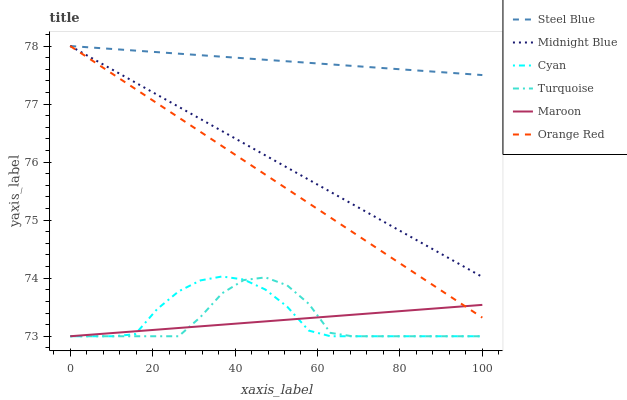
| xaxis_label | Steel Blue | Midnight Blue | Cyan | Turquoise | Maroon | Orange Red |
 | --- | --- | --- | --- | --- | --- | --- |
 | 0 | 78 | 78 | 73 | 73 | 73 | 78 |
 | 5.26 | 78 | 77.8 | 73 | 73 | 73 | 77.8 |
 | 10.5 | 77.9 | 77.6 | 73 | 73 | 73.1 | 77.5 |
 | 15.8 | 77.9 | 77.4 | 73 | 73 | 73.1 | 77.3 |
 | 21.1 | 77.9 | 77.2 | 73.5 | 73 | 73.1 | 77 |
 | 26.3 | 77.9 | 77 | 73.8 | 73 | 73.1 | 76.8 |
 | 31.6 | 77.8 | 76.7 | 74 | 73.3 | 73.2 | 76.5 |
 | 36.8 | 77.8 | 76.5 | 74 | 73.7 | 73.2 | 76.3 |
 | 42.1 | 77.8 | 76.3 | 74 | 74 | 73.2 | 76 |
 | 47.4 | 77.8 | 76.1 | 73.8 | 74 | 73.3 | 75.8 |
 | 52.6 | 77.7 | 75.9 | 73.5 | 73.9 | 73.3 | 75.5 |
 | 57.9 | 77.7 | 75.7 | 73.1 | 73.6 | 73.3 | 75.3 |
 | 63.2 | 77.7 | 75.5 | 73 | 73.1 | 73.3 | 75 |
 | 68.4 | 77.7 | 75.3 | 73 | 73 | 73.4 | 74.8 |
 | 73.7 | 77.6 | 75.1 | 73 | 73 | 73.4 | 74.6 |
 | 78.9 | 77.6 | 74.9 | 73 | 73 | 73.4 | 74.3 |
 | 84.2 | 77.6 | 74.6 | 73 | 73 | 73.5 | 74.1 |
 | 89.5 | 77.6 | 74.4 | 73 | 73 | 73.5 | 73.8 |
 | 94.7 | 77.5 | 74.2 | 73 | 73 | 73.5 | 73.6 |
 | 100 | 77.5 | 74 | 73 | 73 | 73.5 | 73.3 |